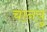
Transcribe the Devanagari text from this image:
चानयु